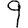
Digit: 9